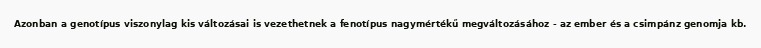
Azonban a genotípus viszonylag kis változásai is vezethetnek a fenotípus nagymértékű megváltozásához - az ember és a csimpánz genomja kb.